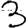
Digit: 3